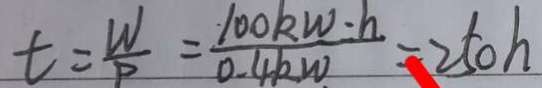
t = \frac { W } { P } = \frac { 1 0 0 k w \cdot h } { 0 . 4 k W } = 2 5 0 h